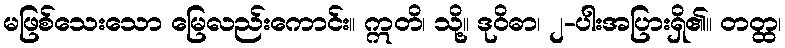
မဖြစ်သေးသော မြေလည်းကောင်း။ ဣတိ၊ သို့။ ဒုဝိဓာ၊ ၂-ပါးအပြားရှိ၏။ တတ္ထ၊